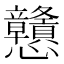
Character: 戇